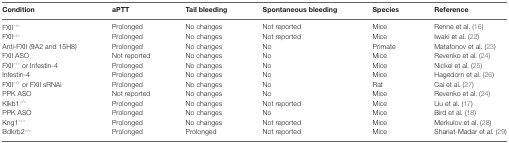
| Condition | aPTT | Tail bleeding | Spontaneous bleeding | Species | Reference |
 | --- | --- | --- | --- | --- | --- |
 | FXII−/− | Prolonged | No changes | Not reported | Mice | Renne et al. (16) |
 | FXII−/− | Prolonged | No changes | Not reported | Mice | Iwaki et al. (22) |
 | Anti-FXII (9A2 and 15H8) | Prolonged | No changes | No | Primate | Matafonov et al. (23) |
 | FXII ASO | Not reported | No changes | No | Mice | Revenko et al. (24) |
 | FXII−/− or Infestin-4 | Prolonged | No changes | No | Mice | Nickel et al. (25) |
 | Infestin-4 | Prolonged | No changes | No | Mice | Hagedorn et al. (26) |
 | FXII−/− or FXII sRNAi | Prolonged | No changes | No | Rat | Cai et al. (27) |
 | PPK ASO | Not reported | No changes | No | Mice | Revenko et al. (24) |
 | Klkb1−/− | Prolonged | No changes | Not reported | Mice | Liu et al. (17) |
 | PPK ASO | Prolonged | No changes | No | Mice | Bird et al. (18) |
 | Kng1−/− | Prolonged | No changes | Not reported | Mice | Merkulov et al. (28) |
 | Bdkrb2−/− | Prolonged | Prolonged | Not reported | Mice | Shariat-Madar et al. (29) |